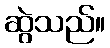
ဆွဲသည်။